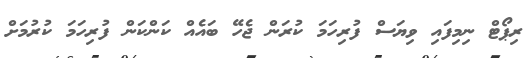
ރިޕޯޓް ނިމިފައި ވިޔަސް ފުރިހަމަ ކުރަން ޖެހޭ ބައެއް ކަންކަން ފުރިހަމަ ކުރުމަށް